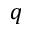
q